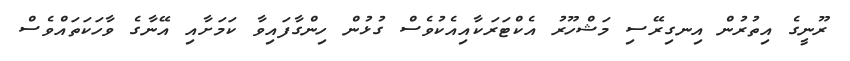
ރޫނީގެ އިތުރުން އިނގިރޭސި މަޝްހޫރު އެކްޓަރަކާއިއެކުވެސް ގުޅުން ހިންގާފައިވާ ކަމަށާއި އޭނާގެ ވާހަކަތައްވެސް